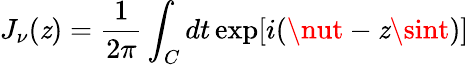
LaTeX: J_{\nu}(\mathit{z})=\frac{{1}}{{2\pi}}\int_{C}dt\exp[i(\nut-\mathit{z}\sint)]